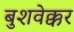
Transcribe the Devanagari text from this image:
बुशवेक्कर